Annual report on the working of the lock hospitals in the North-Western Provinces and Oudh
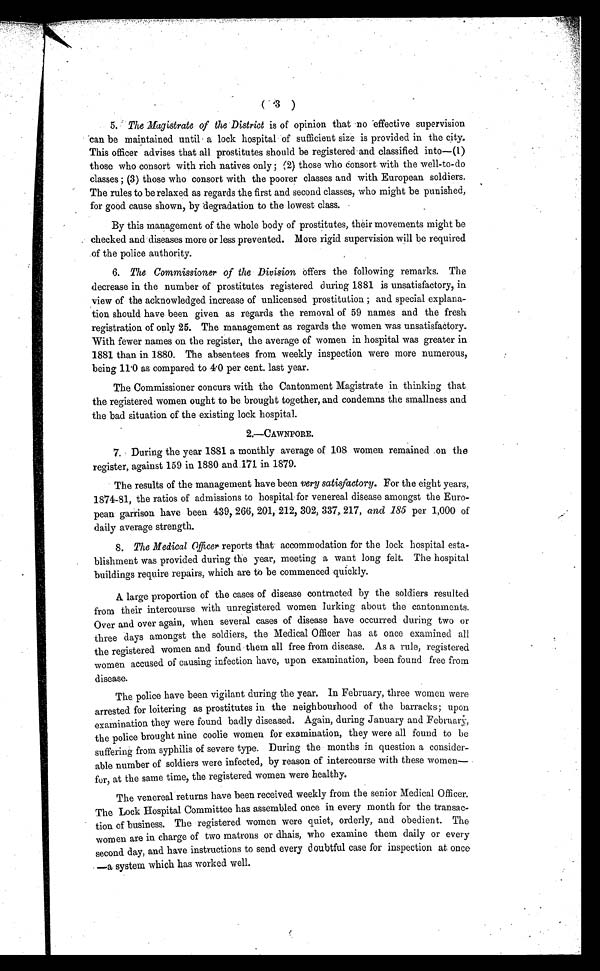
5.The Magistrate of the District is of opinion that no effective supervision
can be maintained until a lock hospital of sufficient size is provided in the city.
This officer advises that all prostitutes should be registered and classified into—(1)
those who consort with rich natives only; (2) those who consort with the well-to-do
classes ; (3) those who consort with the poorer classes and with European soldiers.
The rules to be relaxed as regards the first and second classes, who might be punished,
for good cause shown, by degradation to the lowest class.
By this management of the whole body of prostitutes, their movements might be
checked and diseases more or less prevented. More rigid supervision will be required
of the police authority.
6.The Commissioner of the Division O f f e r s t h e f o l l o w i n g r e m a r k s . T h e
decrease in the number of prostitutes registered during 1881 is unsatisfactory, in
view of the acknowledged increase of unlicensed prostitution ; and special explana-
tion should have been given as regards the removal of 59 names and the fresh
registration of only 25. The management as regards the women was unsatisfactory.
With fewer names on the register, the average of women in hospital was greater in
1881 than in 1880. The absentees from weekly inspection were more numerous,
b e i n g 1 1 . 0 a s c o m p a r e d t o 4 . 0 p e r c e n t . l a s t y e a r .
The Commissioner concurs with the Cantonment Magistrate in thinking that
the registered women ought to be brought together, and condemns the smallness and
the bad situation of the existing lock hospital.
2.—CAWNPORE.
7.During the year 1881 a monthly average of 108 women remained on the
register, against 159 in 1880 and 171 in 1879.
The results of the management have been very satisfactory. For the eight years,
1874-81, the ratios of admissions to hospital for venereal disease amongst the Euro-
pean garrison have been 439, 266, 201, 212, 302, 337, 217, and 185 per 1,000 of
daily average strength.
8.The Medical Officer reports that accommodation for the lock hospital esta-
blishment was provided during the year, meeting a want long felt. The hospital
buildings require repairs, which are to be commenced quickly.
A large proportion of the cases of disease contracted by the soldiers resulted
from their intercourse with unregistered women lurking about the cantonments.
Over and over again, when several cases of disease have occurred during two or
three days amongst the soldiers, the Medical Officer has at once examined all
the registered women and found them all free from disease. As a rule, registered
women accused of causing infection have, upon examination, been found free from
disease.
The police have been vigilant during the year. In February, three women were
arrested for loitering as prostitutes in the neighbourhood of the barracks; upon
examination they were found badly diseased. Again, during January and February,
the police brought nine coolie women for examination, they were all found to be
suffering from syphilis of severe type. During the months in question a consider-
able number of soldiers were infected, by reason of intercourse with these women—
for, at the same time, the registered women were healthy.
The venereal returns have been received weekly from the senior Medical Officer.
The Lock Hospital Committee has assembled once in every month for the transac-
tion of business. The registered women were quiet, orderly, and obedient. The
women are in charge of two matrons or dhais, who examine them daily or every
second day, and have instructions to send every doubtful case for inspection at once
—a system which has worked well.